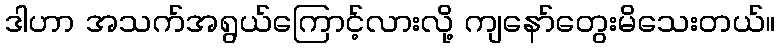
ဒါဟာ အသက်အရွယ်ကြောင့်လားလို့ ကျနော်တွေးမိသေးတယ်။